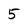
Character: 5